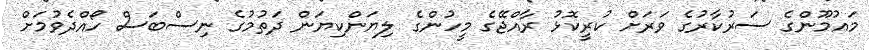
މައުމޫންގެ ސަރުކާރުގެ ވަރަށް ކުރީކޮޅު ރާއްޖޭގެ މީހުންގެ ލިޔަންކިޔަން ދަތުމުގެ ނިސްބަސް ހޯއްދެވުމަށް